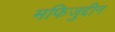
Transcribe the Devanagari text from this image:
मफिजुद्दीन